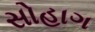
સોહાગ